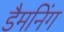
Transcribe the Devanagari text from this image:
डैमनिंग